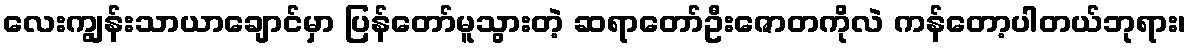
လေးကျွန်းသာယာချောင်မှာ ပြန်တော်မူသွားတဲ့ ဆရာတော်ဦးဇောတကိုလဲ ကန်တော့ပါတယ်ဘုရား၊